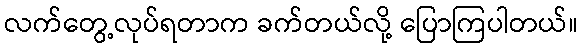
လက်တွေ့လုပ်ရတာက ခက်တယ်လို့ ပြောကြပါတယ်။